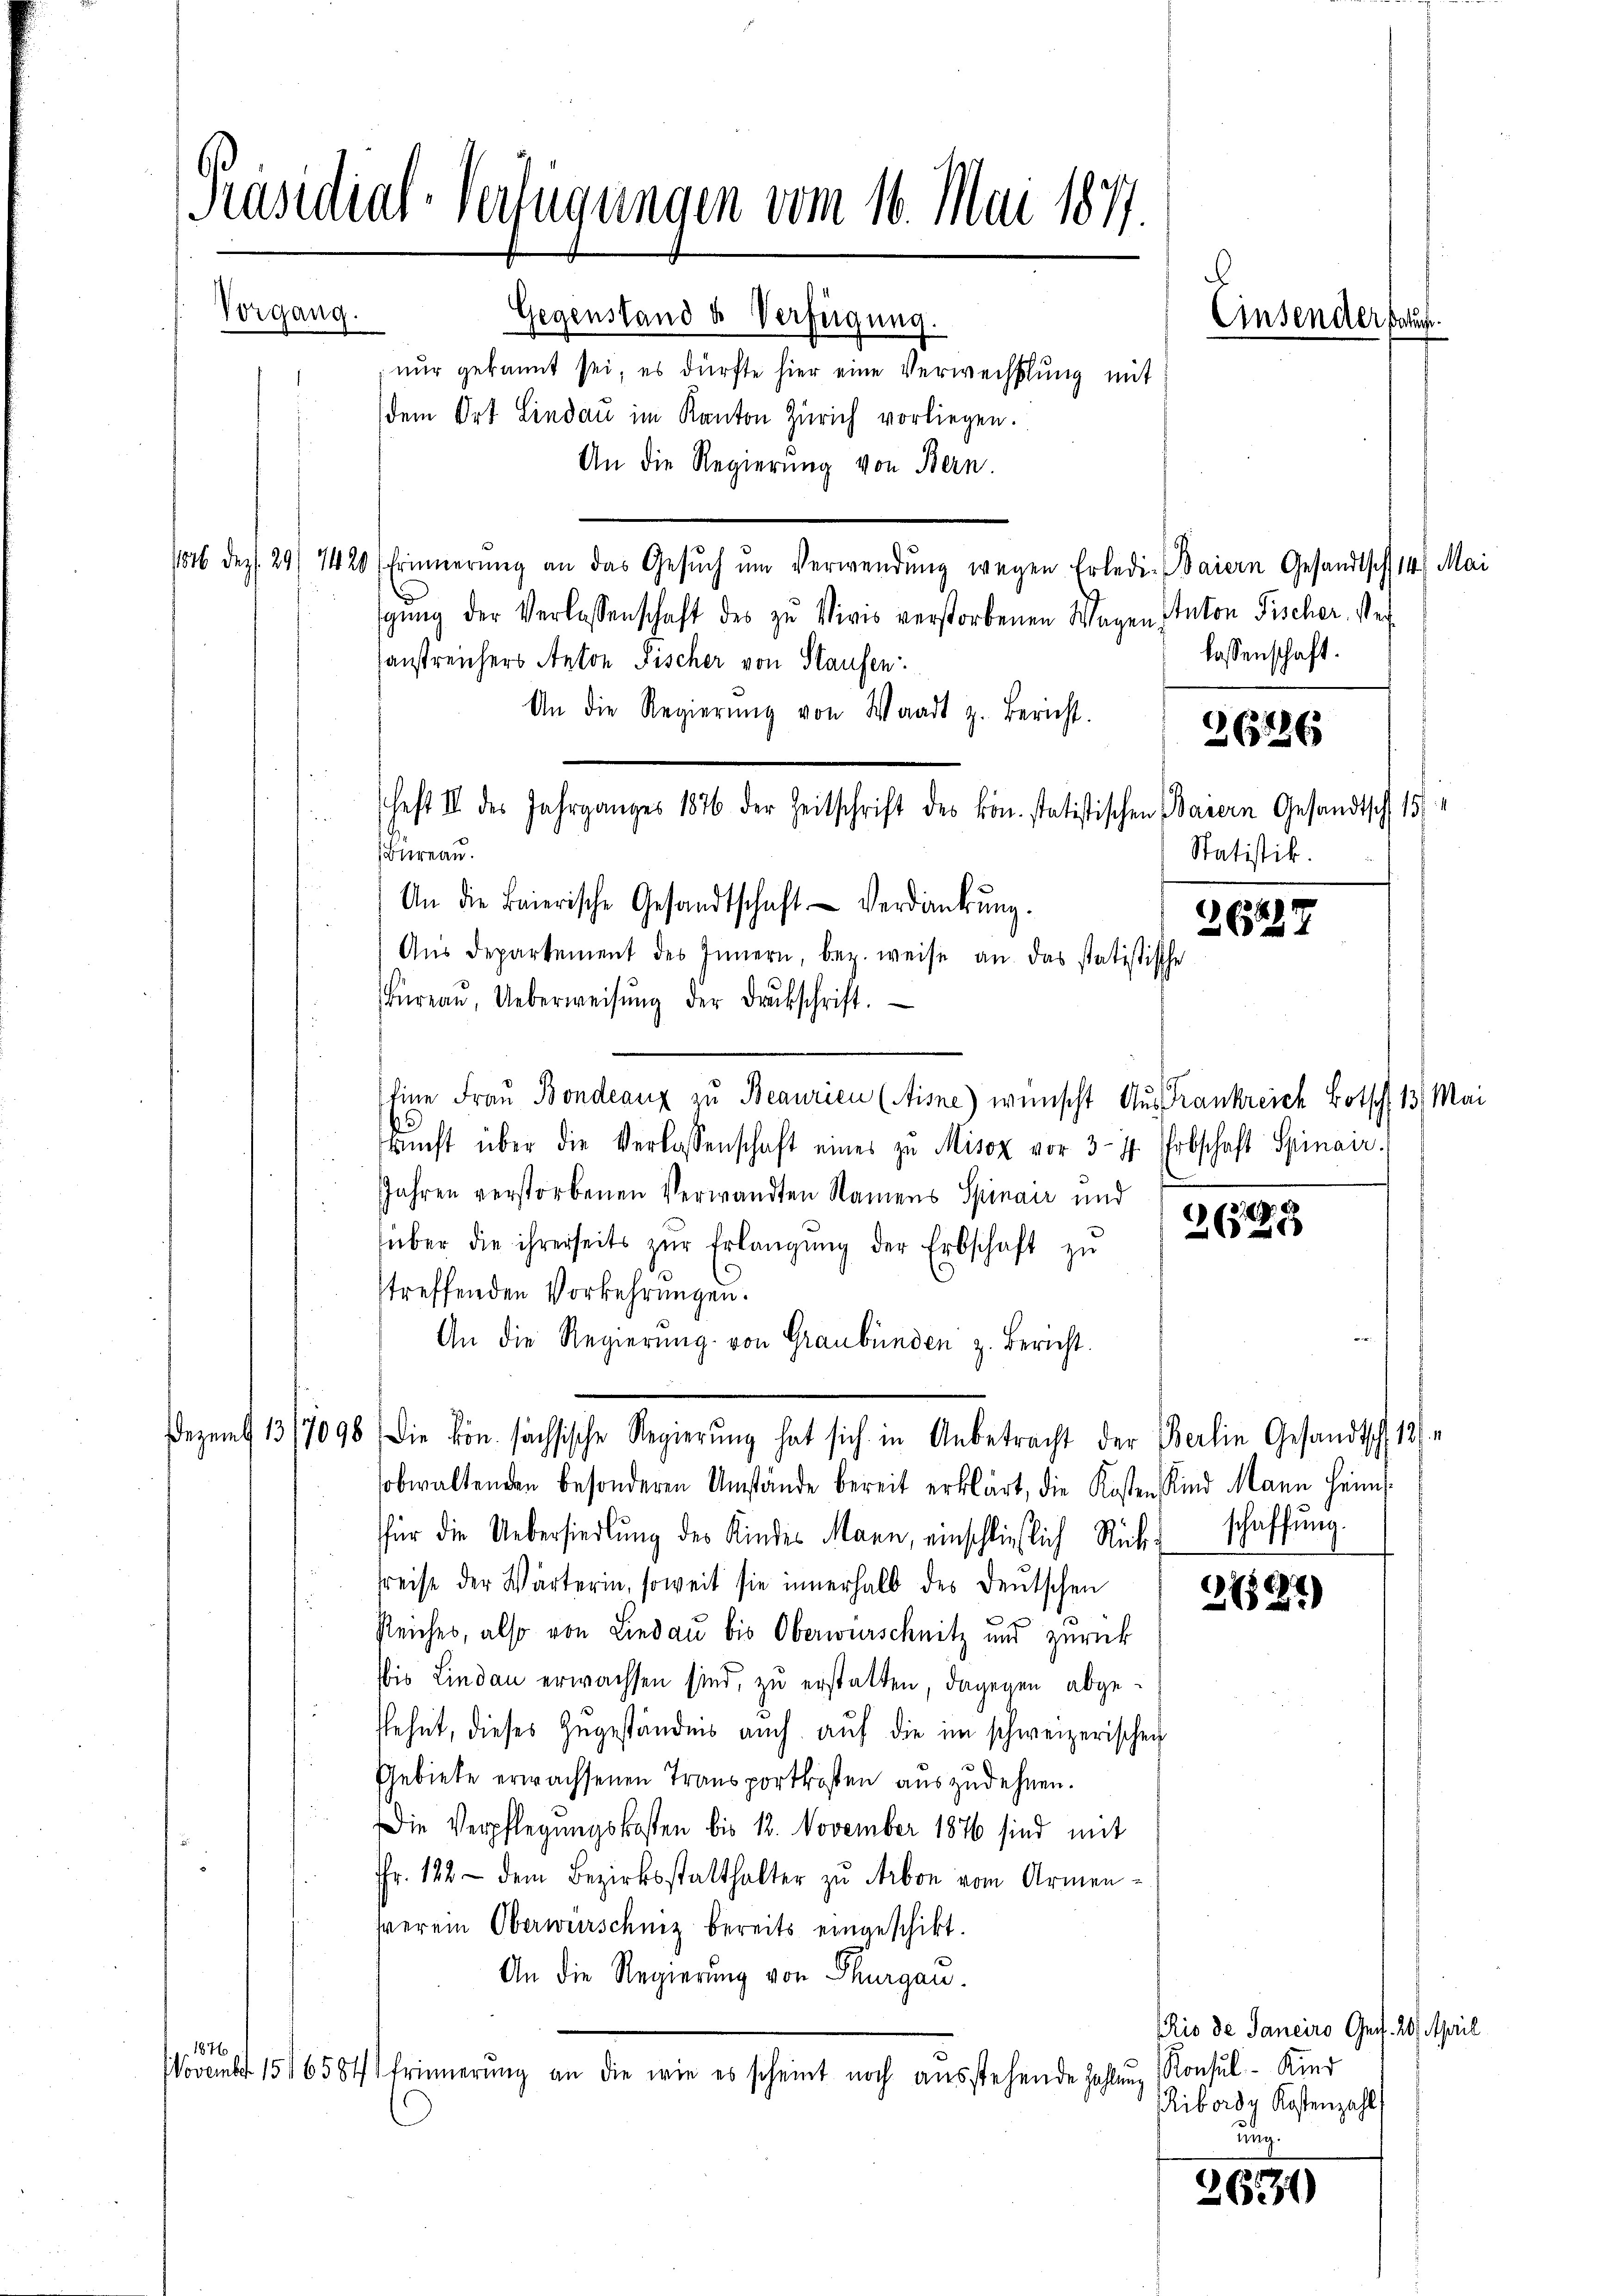
Präsidial-Verfügungen vom 16. Mai 1877.
Vorgang.
Gegenstand & Verfügung.
Einsender sauf
nur gekannt sei, es dürfte hier eine Verwechslung mit
dem Ort Lindau im Kanton Zürich vorliegen.
An die Regierung von Bern.
186 dez. 29/ 1420 Erinnerung an das Gesŭch ŭm Verwendŭng wegen Erledi-Baiern Gesandtsch 14 Mai

1876

gŭng der Verlassenschaft des zu Vivis verstorbenen Wagen Anton Fischer. Art
sanstreichers Anton Fischer von Staufen.
An die Regierŭng von Waadt z. Bericht. 63886
heft II des Jahrganges 1876 der Zeitschrift des kön. statistischen Parern Gesandtsch 15
s
Bureau.
Aŭs departement des Innern, bez. weise an das statistische
Büreaŭ, Ueberweisŭng der Drukschrift.
Eine Frau Bondeaux zu Beaurien (Aisne) wünscht Aus Frankreich Botsch, 13. Mai
)
richt über die Verlassenschaft eines zu Misox vor 3-4 Erbschaft Spinair.
Jahren verstorbenen Verwandten Namens Spinair und
über die ihrerseits zŭr Erlangŭng der Erbschaft zŭ
streffenden Vorkehrungen.
An die Regierŭng von Graubünden z. Bericht.
ezent 13/7096 die von sachsische Regierŭng hat sich in Anbetracht der Berlin Gesandtsch, 18/
obwaltenden besonderen Umstände bereit erklärt, die Kosten Kind Mann heim
für die Uebersiedlung des Kindes Mann, einschließlich Rückschaffŭng.
Preise der Wärterin, soweit sie innerhalb des deutschen
2727)
Reiches, also von Lindau bis Oberwurschnitz und zurück
bis Lindau erwachsen sind, zu erstatten, dagegen abgesehnt, dieses Zugeständnis auch aŭf die im schweizerischen
Gebiete erwachsenen Transportkosten auszudehnen.
 Die Verpflegungskosten bis 12. November 1876 sind mit
Fr. 122 - dem Bezirksstatthalter zu Arbon vom Armenhverein Oberwürschniz bereits eingeschikt.
An die Regierung von Thurgau.
Rio de Janeiro Ges. 20. April
November 156584 Erinnerŭng an die wie es scheint noch aŭsstehende Zahlŭng Konsŭl-Kind
Ribordy Kostenzahl
ung.

An die Baierische Gesandtschaft verdankŭng.

lassenschaft.

Statistik.

26427

3 (799

2630)